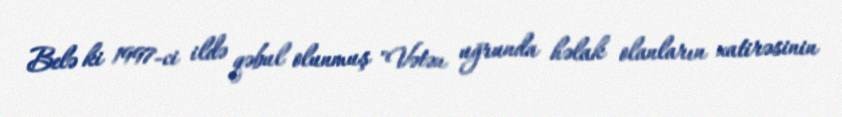
Belə ki 1997-ci ildə qəbul olunmuş "Vətən uğrunda həlak olanların xatirəsinin